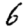
Digit: 6